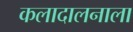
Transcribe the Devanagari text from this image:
कलादालनाला